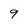
Character: 9